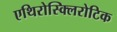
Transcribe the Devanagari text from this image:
एथिरोस्क्लिरोटिक